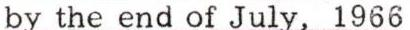
by the end of July, 1966